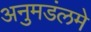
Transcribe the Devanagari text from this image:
अनुमडंलमे